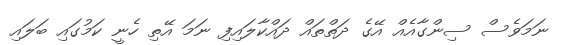
ނަމަވެސް ސިންގާއެއް އޭގެ ދަތްތައް ދައްކާލައިފި ނަމަ އޭތި ހެނީ ކަމުގައި ބަލައި